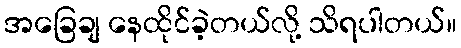
အခြေချ နေထိုင်ခဲ့တယ်လို့ သိရပါတယ်။